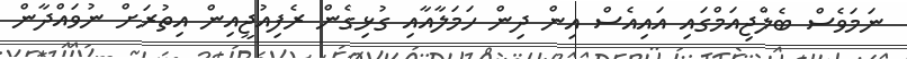
ނަމަވެސް ބެލްޖިއަމްގައި އައިއެސް އިން ދިން ހަމަލާއާއި ގުޅިގެން ރެފިއުޖީއިން އިތުރަށް ނުވައްދާން